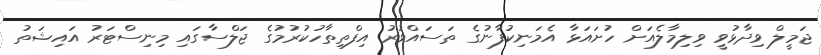
ޖަމީލް ވިދާޅުވީ ވިލިމާލެއަށް ހުށައަޅާ އެމަނިކުފާނުގެ ތަސައްވުރު އިފްތިތާހުކުރުމުގެ ޖަލްސާގައި މިނިސްޓަރު އައިޝަތު